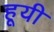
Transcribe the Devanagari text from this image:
हूयी